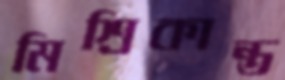
মিশ্রিকান্ত